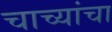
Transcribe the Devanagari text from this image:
चाच्यांचा